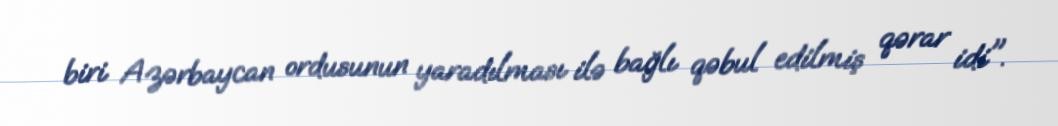
biri Azərbaycan ordusunun yaradılması ilə bağlı qəbul edilmiş qərar idi".